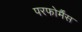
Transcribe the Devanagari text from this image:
परफोर्मैंस